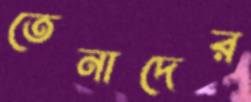
তেনাদের